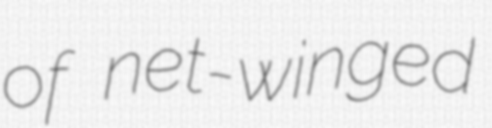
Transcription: of net-winged